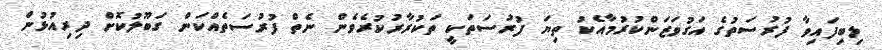
ލިބިފައިވާ ފުރުސަތުގެ އަގުވަޒަންކުރުމާއެކު ތިޔަ ފުރުސަތަކީ ތަކުރާރުކުރެވެން ނެތް ފުރުސަތެއްކަން ގަބޫލުކޮށް ދިރިއުޅުން